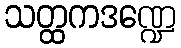
သတ္ထကဒဏ္ဍေ